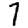
Digit: 7